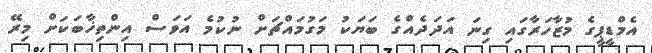
އެމްޑީޕީގެ މުޒާހަރާގައި ގިނަ އަދަދެއްގެ ބަޔަކު މަގުމައްޗަށް ނުކުމެ އަވަސް އިންތިޚާބަކަށް މިރޭ